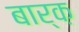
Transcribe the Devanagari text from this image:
बार्क़